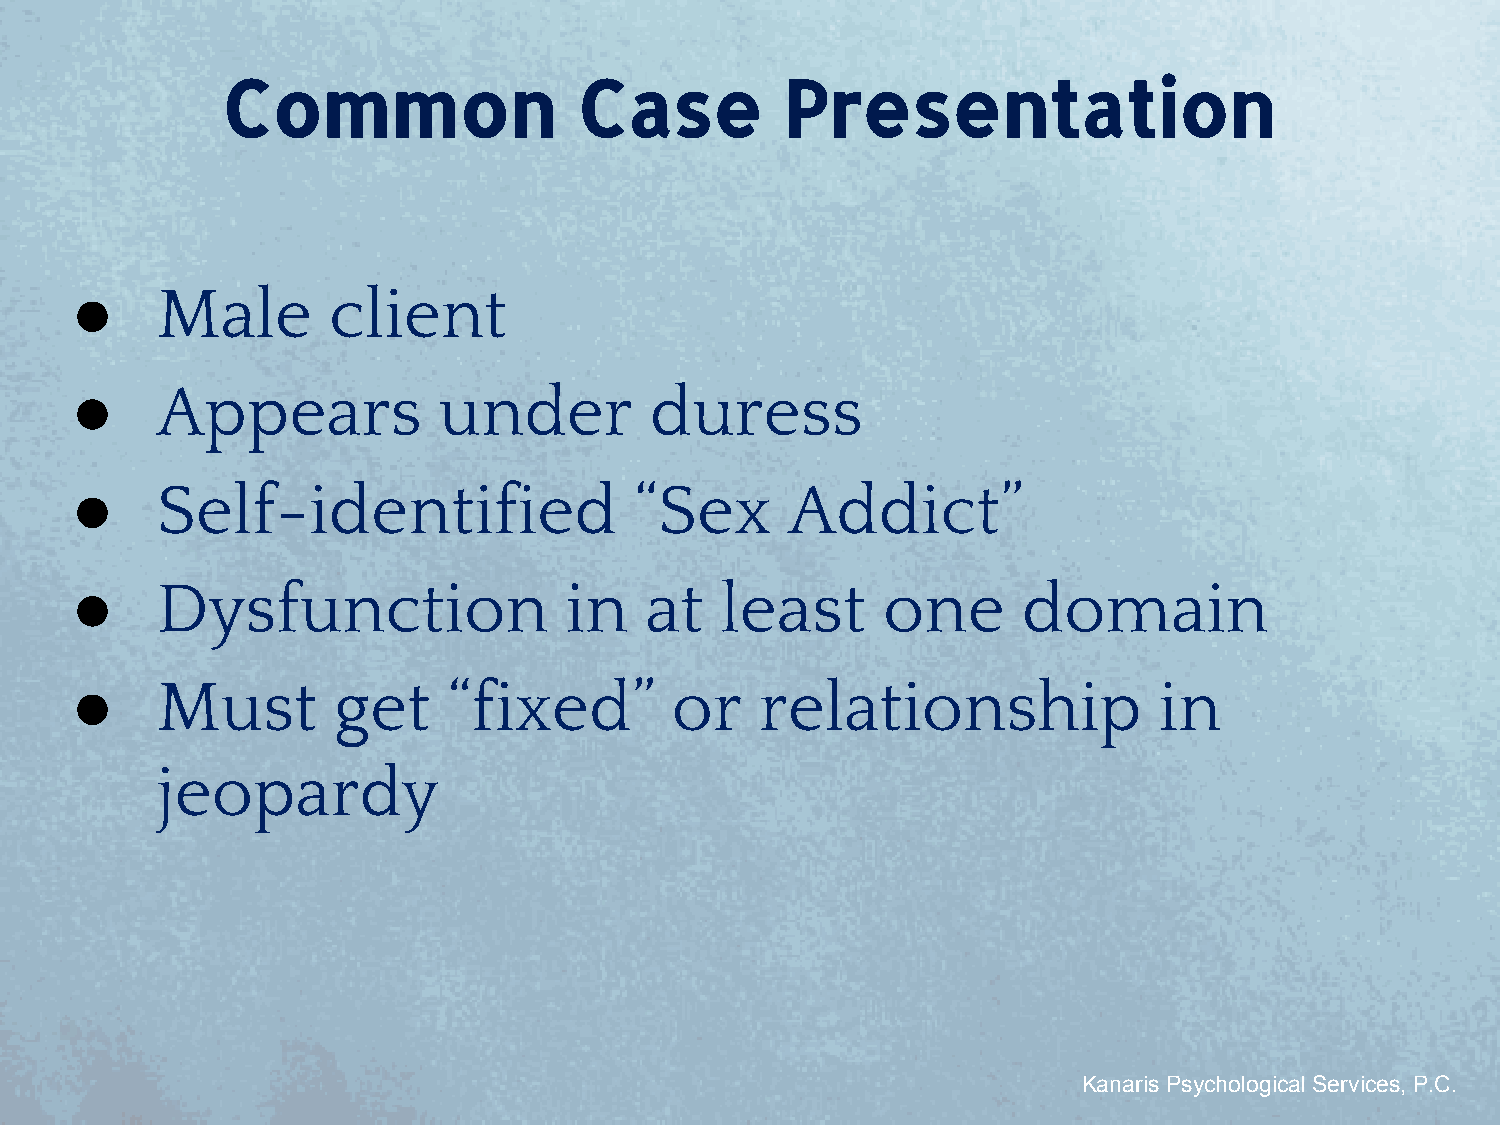
Common                 Case          Presentation
 ●    Male        client
 ●    Appears            under         duress
 ●    Self-identified                 “Sex      Addict”
 ●    Dysfunction                in    at   least     one       domain
 ●    Must        get     “fixed”       or    relationship               in
 jeopardy
 Kanaris Psychological Services, P.C.